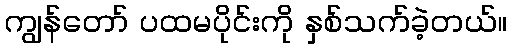
ကျွန်တော် ပထမပိုင်းကို နှစ်သက်ခဲ့တယ်။